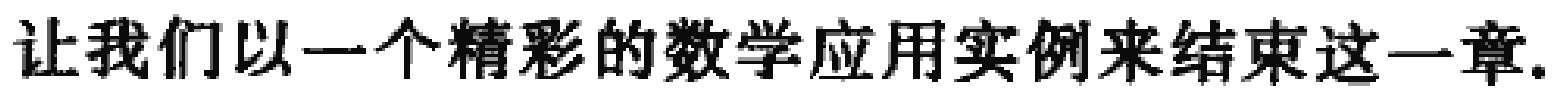
让我们以一个精彩的数学应用实例来结束这一章.